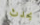
يحدث